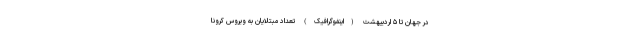
در جهان تا ۵ اردیبهشت (اینفوگرافیک) تعداد مبتلایان به ویروس کرونا